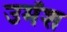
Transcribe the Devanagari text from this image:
उमेंश